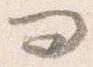
問